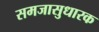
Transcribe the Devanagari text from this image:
समजासुधारक